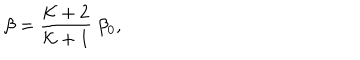
\beta = { \frac { { \cal K } + 2 } { { \cal K } + 1 } } ~ \beta _ { 0 } ,